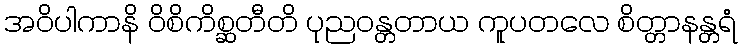
အဝိပါကာနိ ဝိစိကိစ္ဆတီတိ ပုညဝန္တတာယ ကူပတလေ စိတ္တာနန္တရံ